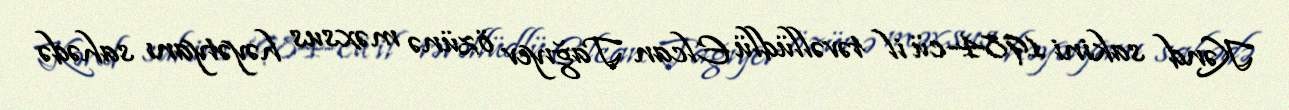
Kənd sakini 1984-cü il təvəllüdlü Elcan Tağıyev özünə məxsus həyətyanı sahədə